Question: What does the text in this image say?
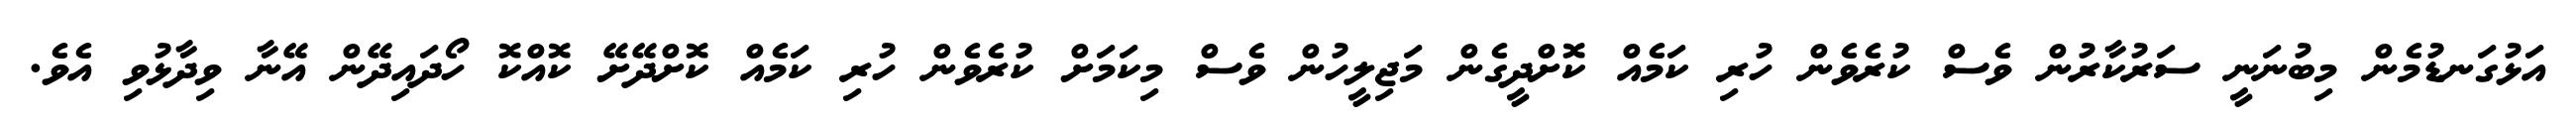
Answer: އަޅުގަނޑުމެން މިބުނަނީ ސަރުކާރުން ވެސް ކުރެވެން ހުރި ކަމެއް ކޮށްދީގެން މަޖިލީހުން ވެސް މިކަމަށް ކުރެވެން ހުރި ކަމެއް ކޮށްދޭށޭ ކޮއްކޮ ހޯދައިދޭން އޭނާ ވިދާޅުވި އެވެ.